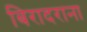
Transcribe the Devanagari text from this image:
बिरादराना